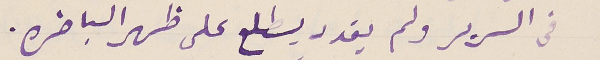
في السرير ولم يقدر يطلع على ظهر الباخره.